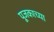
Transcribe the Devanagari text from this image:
पूजकाच्या